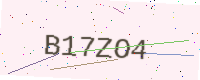
Text: B17ZO4